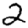
Digit: 2